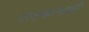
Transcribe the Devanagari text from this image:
नाटकांपकी